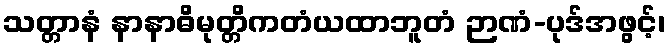
သတ္တာနံ နာနာဓိမုတ္တိကတံယထာဘူတံ ဉာဏံ-ပုဒ်အဖွင့်၊